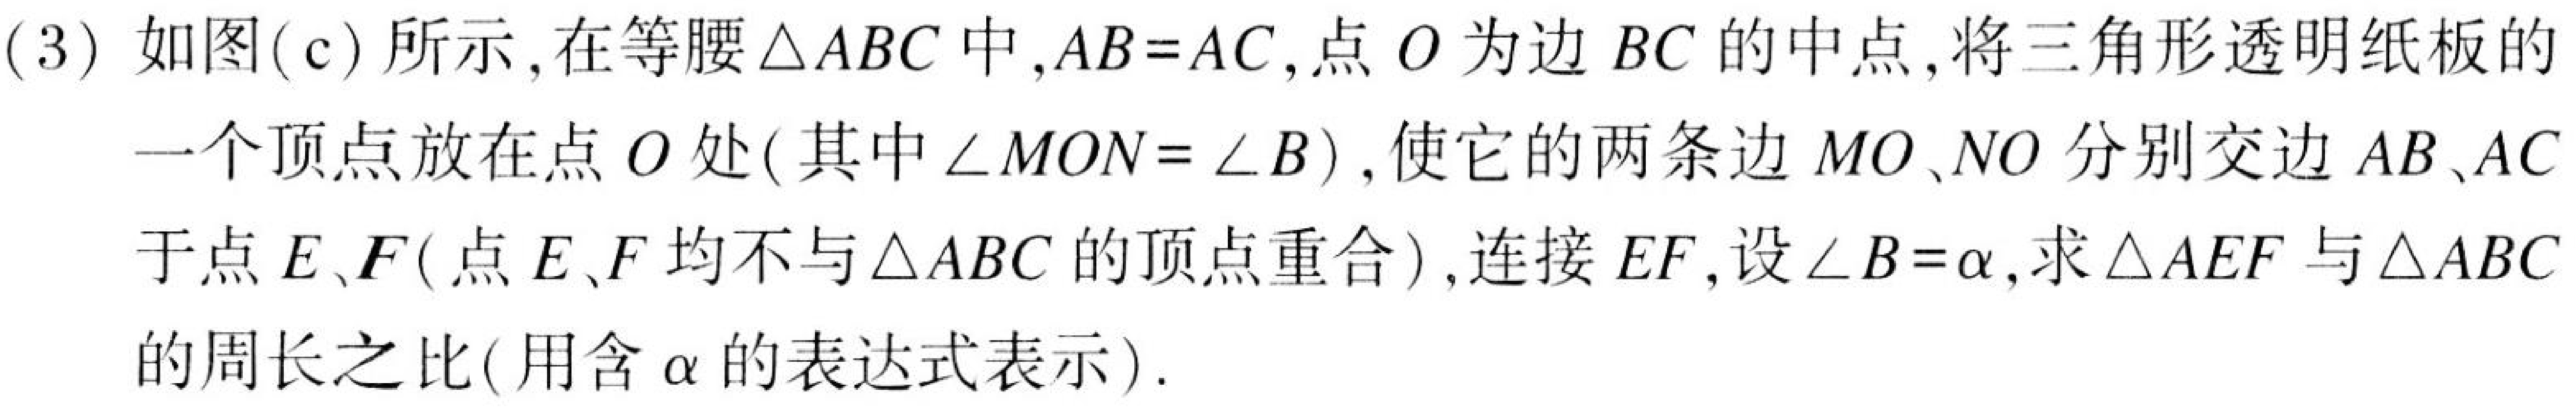
(3) 如图(c)所示,在等腰$\triangle ABC$中,$AB = AC$,点$O$为边$BC$的中点,将三角形透明纸板的
一个顶点放在点$O$处(其中$\angle MON=\angle B$),使它的两条边$MO、NO$分别交边$AB、AC$
于点$E、F$(点$E、F$均不与$\triangle ABC$的顶点重合),连接$EF$,设$\angle B = \alpha$,求$\triangle AEF$与$\triangle ABC$
的周长之比(用含$\alpha$的表达式表示).